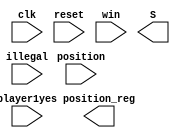
`timescale 1ns / 1ps
//////////////////////////////////////////////////////////////////////////////////
// Company: 
// Engineer: 
// 
// Design Name: 
// Module Name:    FSMPVC 
// Project Name: 
// Target Devices: 
// Tool versions: 
// Description: 
//
// Dependencies: 
//
// Revision: 
// Revision 0.01 - File Created
// Additional Comments: 
//
//////////////////////////////////////////////////////////////////////////////////
module FSMPVC(clk,reset,player1yes,illegal,position,win,position_reg,S);
  input clk, reset, player1yes, illegal;
  input [1:0] win;
  input [3:0] position;
  output reg [8:0]position_reg;
  output reg [3:0]S;
  
  reg [8:0]temp;
  reg [1:0]loop;
  
  always @(*) begin
    if (reset) begin
	   temp = 9'b000000000;
	 end else if (position == 4'b0001) begin
	   temp = 9'b000000001;
	 end else if (position == 4'b0010) begin
	   temp = 9'b000000010;
	 end else if (position == 4'b0011) begin
	   temp = 9'b000000100;
	 end else if (position == 4'b0100) begin
	   temp = 9'b000001000;
	 end else if (position == 4'b0101) begin
	   temp = 9'b000010000;
	 end else if (position == 4'b0110) begin
	   temp = 9'b000100000;
	 end else if (position == 4'b0111) begin
	   temp = 9'b001000000;
	 end else if (position == 4'b1000) begin
	   temp = 9'b010000000;
	 end else if (position == 4'b1001) begin
	   temp = 9'b100000000;
	 end else begin
	   temp = temp;
	 end
  end // always end
  
	 

//  always @ (posedge clk or posedge reset) begin
//    if (reset) begin //reset states
//	   loop <= 0;
//	   S <= 3'b0000;
//		position_reg <= 0;
//    end else begin
//		case (S) //case machine statements for all states
//		  3'b0000: //idle 1
//			 if (player1yes == 1) begin 
//				position_reg <= temp;
//				if (pos5 != 0) begin // player1 takes middle
//				  S <= 3'b0001;
//				end else begin // player1 takes anything else
//				  S <= 3'b0010;
//				end
//			 end else begin
//				S <= S;
//				position_reg <= 0;
//			 end
//		  3'b0001: //player1 move middle
//		    if (player1yes == 1) begin
//			   S <= 3'b
endmodule